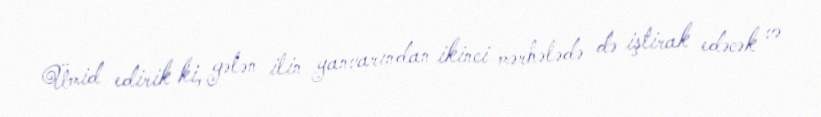
Ümid edirik ki, gələn ilin yanvarından ikinci mərhələdə də iştirak edəcək və